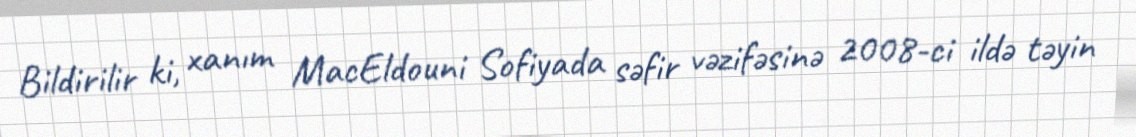
Bildirilir ki, xanım MacEldouni Sofiyada səfir vəzifəsinə 2008-ci ildə təyin